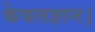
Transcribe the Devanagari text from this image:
केवलज्ञान।